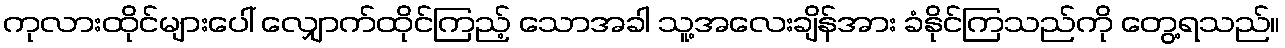
ကုလားထိုင်များပေါ် လျှောက်ထိုင်ကြည့် သောအခါ သူ့အလေးချိန်အား ခံနိုင်ကြသည်ကို တွေ့ရသည်။